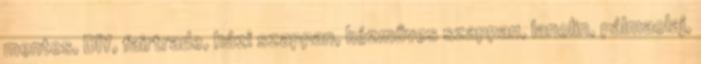
mentes, DIY, fairtrade, házi szappan, kézműves szappan, lanolin, pálmaolaj,